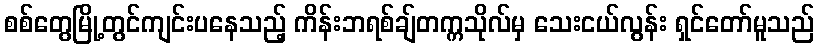
စစ်တွေမြို့တွင်ကျင်းပနေသည့် ကိန်းဘရစ်ချ်တက္ကသိုလ်မှ သေးငယ်လွန်း ရှင်တော်မူသည်